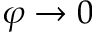
\varphi \to 0